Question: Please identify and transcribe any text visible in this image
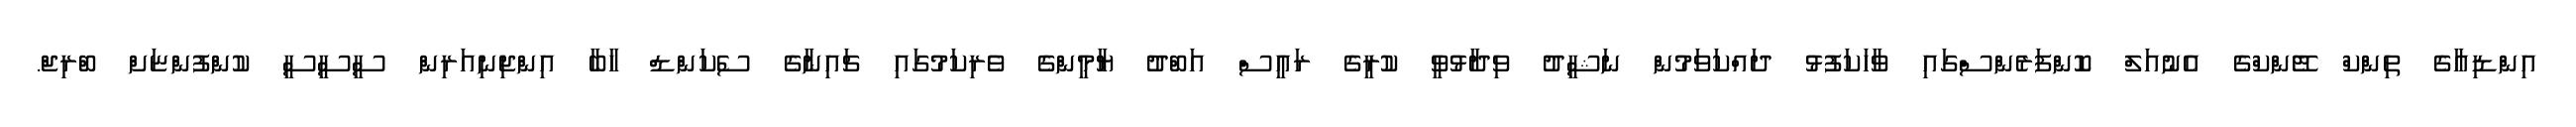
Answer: އިންޑިއާގެ ތިންކް ޓޭންކްގެ އެނުއަލް ކޮންފަރެންސްގައި ވާހަކަފުޅު ދައްކަވަމުން ނަޝީދު ވިދާޅުވީ ކުރީގެ ރައީސް އަބްދު ޔާމީންގެ ވެރިކަމުގައި ޗައިނާގެ ސެކަންޑް ހާބާ އިންޖިނިއަރިން ސީސީސީ ކުންފުންޏަށް ބްރިޖް.